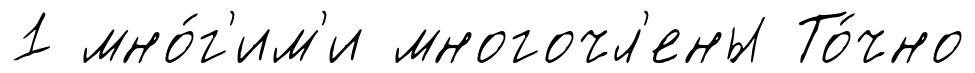
1 мно́г'им'и многочл'ены То́чно